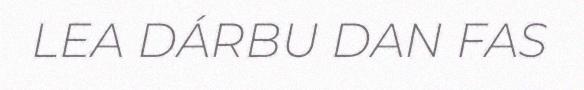
LEA DÁRBU DAN FAS